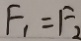
F _ { 1 } = F _ { 2 }